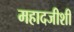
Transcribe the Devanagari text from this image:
महादजीशी